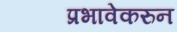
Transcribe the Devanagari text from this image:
प्रभावेकरुन